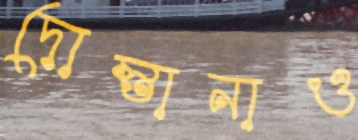
দোস্তানাও